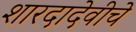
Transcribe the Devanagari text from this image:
शारदादेवीचे